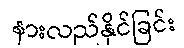
နားလည်နိုင်ခြင်း